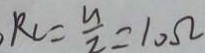
R _ { = } \frac { u } { 2 } = 1 0 \Omega